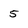
Character: 5